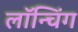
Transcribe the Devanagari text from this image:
लाॅन्चिंग